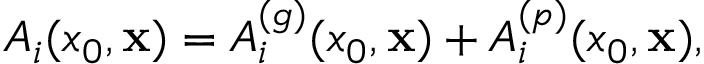
A _ { i } ( x _ { 0 } , { \bf x } ) = A _ { i } ^ { ( g ) } ( x _ { 0 } , { \bf x } ) + A _ { i } ^ { ( p ) } ( x _ { 0 } , { \bf x } ) ,